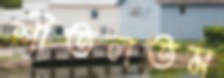
শীতলতম